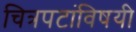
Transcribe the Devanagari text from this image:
चित्रपटांविषयी